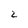
Character: 2